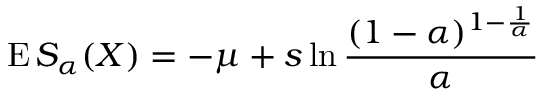
\operatorname { E } S _ { \alpha } ( X ) = - \mu + s \ln { \frac { ( 1 - \alpha ) ^ { 1 - { \frac { 1 } { \alpha } } } } { \alpha } }